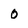
Character: 0